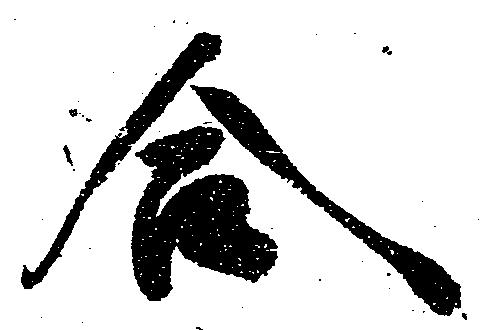
合